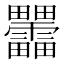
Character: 𰣞